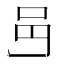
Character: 𨙨